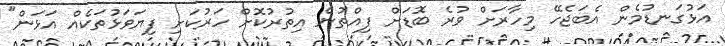
އަޅުގަނޑުމެން އެބަޖެހޭ މިހާރަށް ވުރެ ބޮޑަށް ފިއްތުން އިތުރުކޮށް ހަރުކަށި ފިޔަވަޅުތަކެއް އަޅަން"